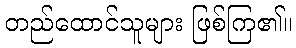
တည်ထောင်သူများ ဖြစ်ကြ၏။